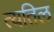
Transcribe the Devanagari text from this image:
त्यतिल